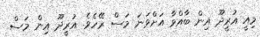
މިއީ އުރީދޫ އިން ބާއްވާ އަށްވަނަ މަސް ރޭހެވެ. އުރީދޫ އިން މަސް